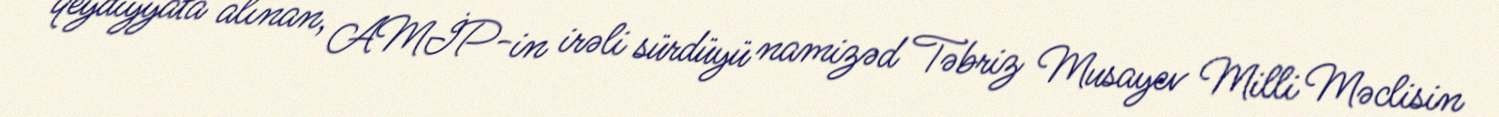
qeydiyyata alınan, AMİP-in irəli sürdüyü namizəd Təbriz Musayev Milli Məclisin